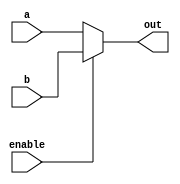
module mux_2_1(output reg[31:0] out, input enable, input wire[31:0] a, b);

	always@(*)
	begin
		if (enable)
			out <= b;
		else
			out <= a;
	end

endmodule